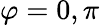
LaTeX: \varphi=0,\pi